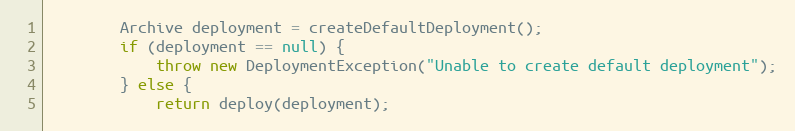
Language: Java
        Archive deployment = createDefaultDeployment();
        if (deployment == null) {
            throw new DeploymentException("Unable to create default deployment");
        } else {
            return deploy(deployment);